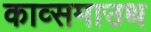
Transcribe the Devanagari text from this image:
काव्समाउथ